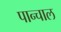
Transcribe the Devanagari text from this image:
पान्चाल